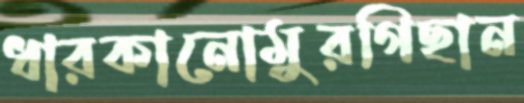
ধারকানোমুরগিছান